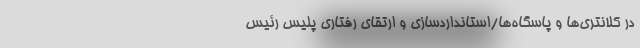
در کلانتری‌ها و پاسگاه‌ها/استانداردسازی و ارتقای رفتاری پلیس رئیس